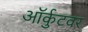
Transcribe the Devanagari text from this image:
ऑर्कुटवर